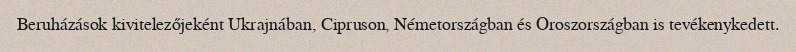
Beruházások kivitelezőjeként Ukrajnában, Cipruson, Németországban és Oroszországban is tevékenykedett.